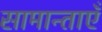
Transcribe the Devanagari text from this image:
सामान्ताएँ